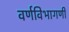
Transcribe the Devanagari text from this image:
वर्णविभागणी